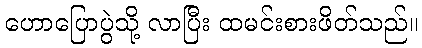
ဟောပြောပွဲသို့ လာပြီး ထမင်းစားဖိတ်သည်။